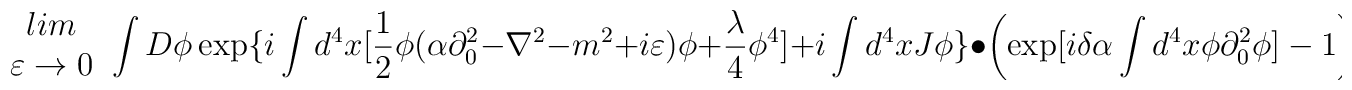
\begin{array}{c}lim\\\varepsilon \rightarrow 0\end{array}\int D\phi \exp \{i\int d^{4}x[\frac{1}{2}\phi (\alpha \partial ^{2}_{0}-\nabla ^{2}-m^{2}+i\varepsilon )\phi +\frac{\lambda }{4}\phi ^{4}]+i\int d^{4}xJ\phi \}\bullet \left( \exp [i\delta \alpha \int d^{4}x\phi \partial ^{2}_{0}\phi ]-1\right)